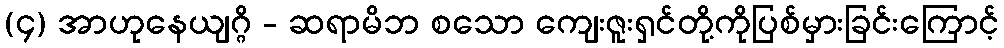
(၄) အာဟုနေယျဂ္ဂိ - ဆရာမိဘ စသော ကျေးဇူးရှင်တို့ကိုပြစ်မှားခြင်းကြောင့်